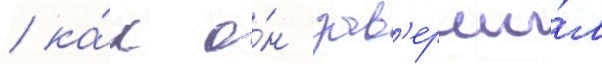
/ ка́к о́н зав'ерши́л